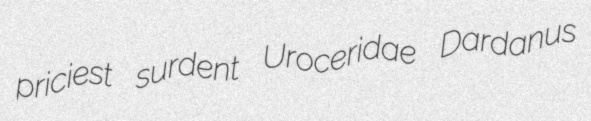
priciest surdent Uroceridae Dardanus